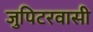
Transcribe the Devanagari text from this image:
जुपिटरवासी